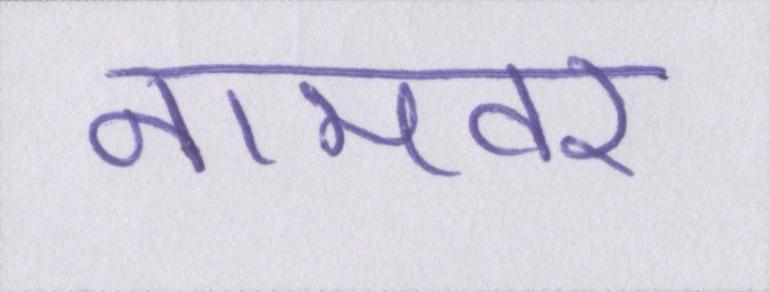
नामवर